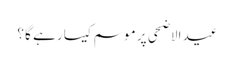
عید الاضحی پر موسم کیسا رہے گا ؟